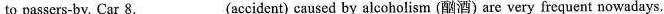
to passers-by. Car 8. ___ (accident) caused by alcoholism (酗酒) are very frequent nowadays.